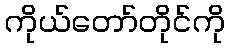
ကိုယ်တော်တိုင်ကို